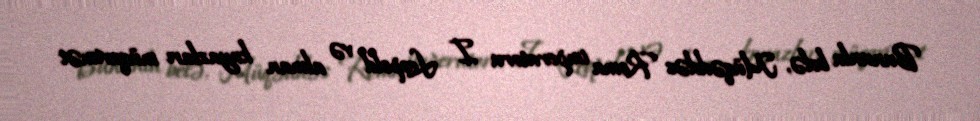
Bununla belə, Müqəddəs Roma imperatoru I Leopold və alman knyazları müqavimət